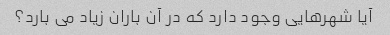
آیا شهرهایی وجود دارد که در آن باران زیاد می بارد؟